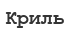
Криль